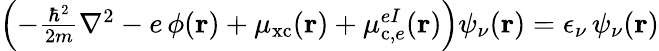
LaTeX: \begin{array}{r}{\left(-\frac{\hbar^{2}}{2m}\nabla^{2}-e\, \phi(\mathbf{r})+\mu_{\mathrm{xc}}(\mathbf{r})+\mu_{\mathrm{c},e}^{eI}(\mathbf{r})\right)\psi_{\nu}(\mathbf{r})=\epsilon_{\nu}\, \psi_{\nu}(\mathbf{r})}\end{array}